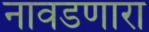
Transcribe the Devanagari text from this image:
नावडणारा